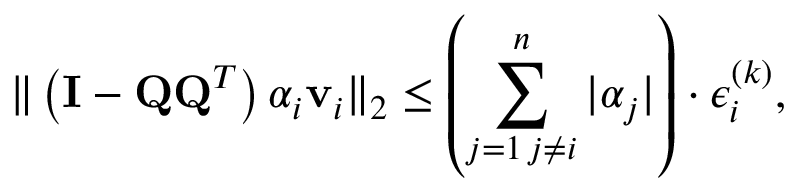
\| \left( \mathbf { I } - \mathbf { Q Q } ^ { T } \right) \alpha _ { i } \mathbf { v } _ { i } \| _ { 2 } \leq \left( \sum _ { \substack { j = 1 \, j \neq i } } ^ { n } \vert \alpha _ { j } \vert \right) \cdot \epsilon _ { i } ^ { ( k ) } ,